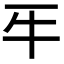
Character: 𤘔